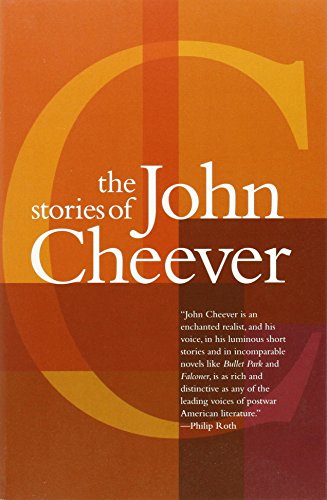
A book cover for The Stories of John Cheever; John Cheever; Literature & Fiction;